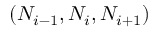
( N _ { i - 1 } , N _ { i } , N _ { i + 1 } )